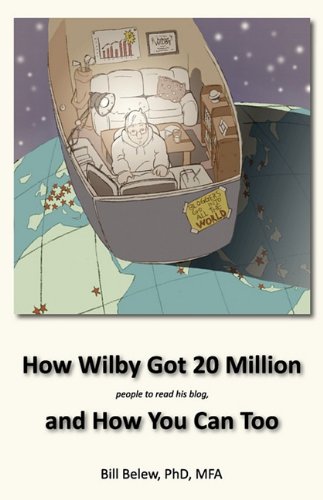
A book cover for How Wilby Got 20 Million (people to read his blogs); William C Belew; Computers & Technology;